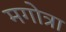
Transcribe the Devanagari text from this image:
मगोत्रा